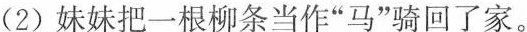
(2)妹妹把一根柳条当作”马”骑回了家。